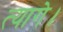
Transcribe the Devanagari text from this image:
त्यागे।